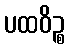
ပထဝိဉ္စ